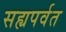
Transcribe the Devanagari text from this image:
सह्यपर्वत